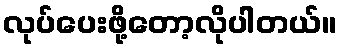
လုပ်ပေးဖို့တော့လိုပါတယ်။